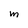
Character: M